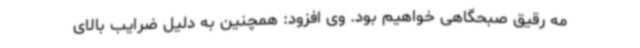
مه رقیق صبحگاهی خواهیم بود. وی افزود: همچنین به دلیل ضرایب بالای